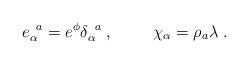
LaTeX: \begin{align*}e_{\alpha}^{\;\;a}=e^{\phi}\delta_{\alpha}^{\;\;a}\;,\hspace{1cm}\chi_{\alpha}=\rho_{a}\lambda\;.\end{align*}